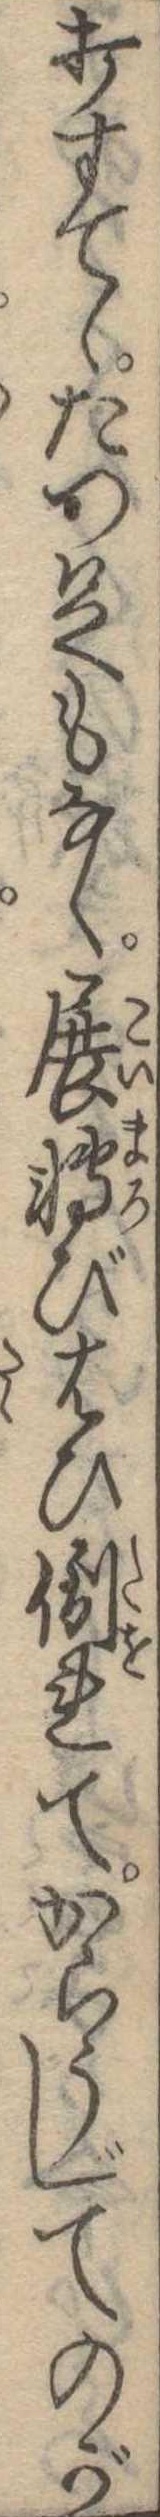
打すてゝたつ足もなく展転びはひ倒れてからうじてのが